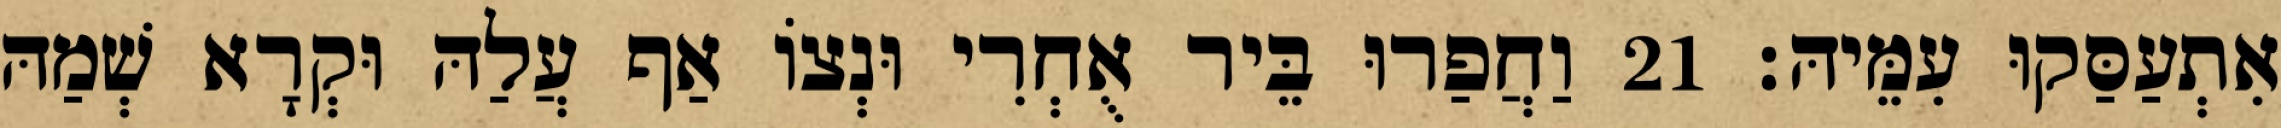
אִתְעַסַּקוּ עִמֵּיהּ׃ 21 וַחֲפַרוּ בֵּיר אֻחְרִי וּנְצוֹ אַף עֲלַהּ וּקְרָא שְׁמַהּ